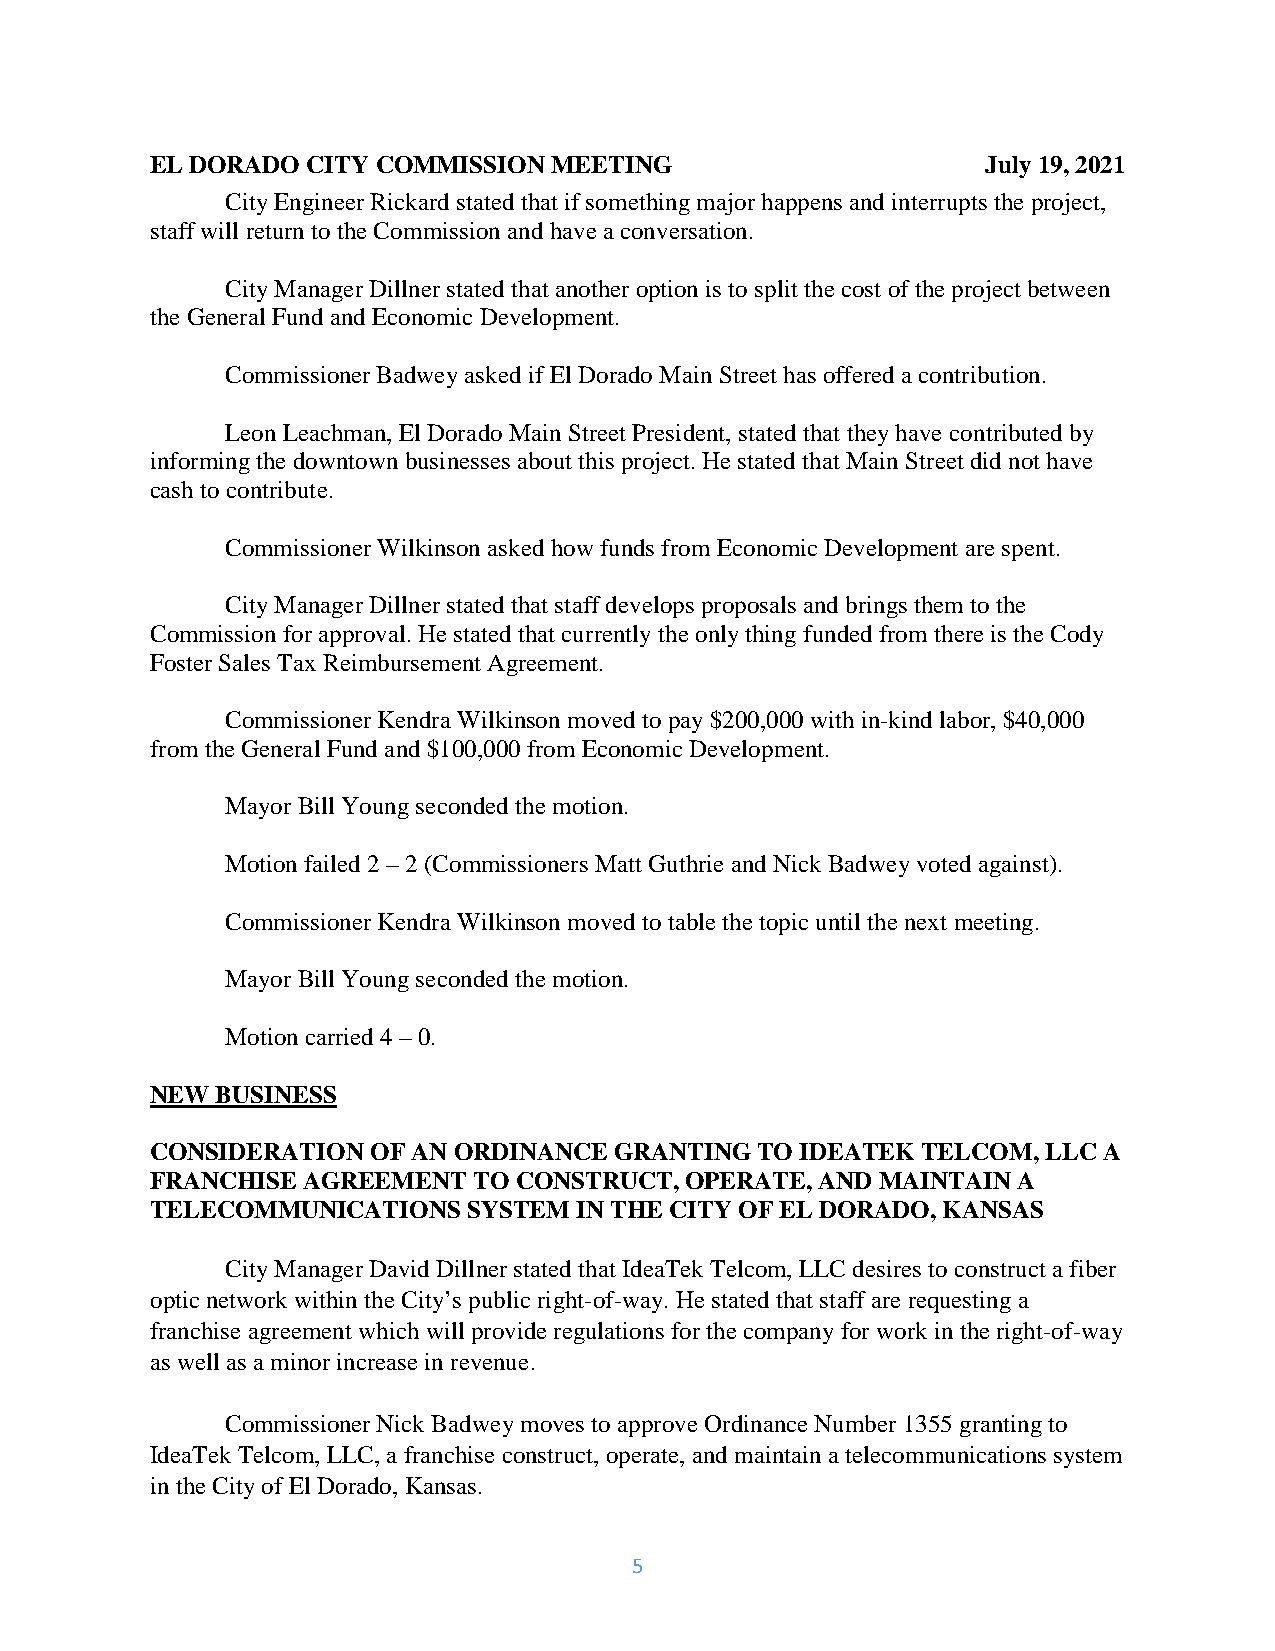
EL DORADO CITYCOMMISSIONMEETING                        July19,2021
 CityEngineerRickardstatedthat ifsomethingmajorhappens andinterrupts theproject,
 staffwill returntotheCommissionandhaveaconversation.
 CityManagerDillnerstatedthat anotheroptionis tosplit thecost oftheproject between
 theGeneral Fund andEconomicDevelopment.
 CommissionerBadweyaskedifEl DoradoMainStreet has offered acontribution.
 Leon Leachman,El DoradoMainStreet President, statedthat theyhave contributedby
 informingthedowntown businesses about this project.Hestatedthat Main Street didnot have
 cash tocontribute.
 CommissionerWilkinsonaskedhowfunds from EconomicDevelopment arespent.
 CityManagerDillnerstatedthat staffdevelops proposals andbrings them tothe
 Commissionforapproval.Hestatedthat currentlytheonlythingfunded from thereis theCody
 FosterSales Tax Reimbursement Agreement.
 CommissionerKendraWilkinson movedtopay$200,000with in-kindlabor,$40,000
 from theGeneral Fundand$100,000from EconomicDevelopment.
 MayorBill Youngsecondedthemotion.
 Motionfailed2–2(Commissioners Matt GuthrieandNick Badweyvotedagainst).
 CommissionerKendraWilkinson movedtotablethetopicuntil thenext meeting.
 MayorBill Youngsecondedthemotion.
 Motioncarried4–0.
 NEWBUSINESS
 CONSIDERATIONOFANORDINANCE     GRANTINGTO  IDEATEKTELCOM,LLCA
 FRANCHISE AGREEMENT  TO CONSTRUCT,OPERATE,AND   MAINTAINA
 TELECOMMUNICATIONS   SYSTEMINTHE  CITYOFEL  DORADO,KANSAS
 CityManagerDavid Dillnerstatedthat IdeaTek Telcom, LLC desires toconstruct afiber
 opticnetworkwithintheCity’s publicright-of-way. Hestatedthat staffare requestinga
 franchise agreement whichwill provideregulations forthecompanyforworkintheright-of-way
 as well as aminorincreaseinrevenue.
 CommissionerNickBadweymoves toapproveOrdinanceNumber1355 grantingto
 IdeaTekTelcom, LLC,a franchise construct,operate,andmaintainatelecommunications system
 intheCityofElDorado, Kansas.
 5